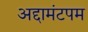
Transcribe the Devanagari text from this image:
अद्दामंटपम